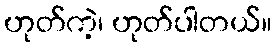
ဟုတ်ကဲ့၊ ဟုတ်ပါတယ်။